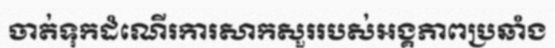
ចាត់ទុកដំណើរការសាកសួររបស់អង្គភាពប្រឆាំង